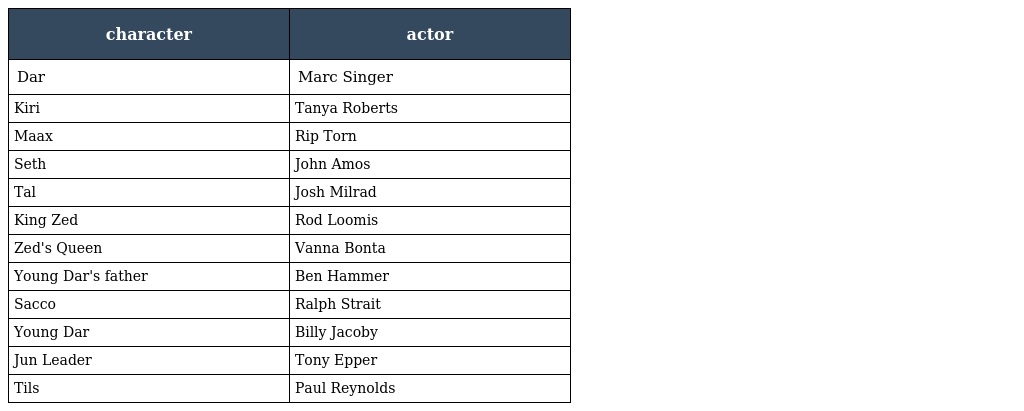
| character | actor |
 | --- | --- |
 | Dar | Marc Singer |
 | Kiri | Tanya Roberts |
 | Maax | Rip Torn |
 | Seth | John Amos |
 | Tal | Josh Milrad |
 | King Zed | Rod Loomis |
 | Zed's Queen | Vanna Bonta |
 | Young Dar's father | Ben Hammer |
 | Sacco | Ralph Strait |
 | Young Dar | Billy Jacoby |
 | Jun Leader | Tony Epper |
 | Tils | Paul Reynolds |